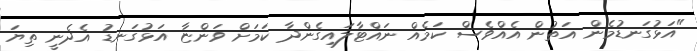
"އަޅުގަނޑުމެން އަތުން އެއްވެސް ކަމެއް ނައްޓާލައިގެންދާ ކަމަށް ވަންޏާ އަޅުގަނޑު އެދެނީ ތިޔަ